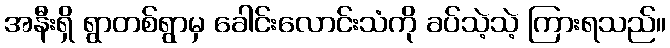
အနီးရှိ ရွာတစ်ရွာမှ ခေါင်းလောင်းသံကို ခပ်သဲ့သဲ့ ကြားရသည်။